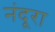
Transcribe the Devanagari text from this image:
नंदूरा